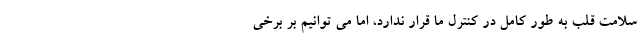
سلامت قلب به طور کامل در کنترل ما قرار ندارد، اما می توانیم بر برخی